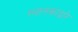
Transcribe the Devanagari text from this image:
स्थानकाद्वारे